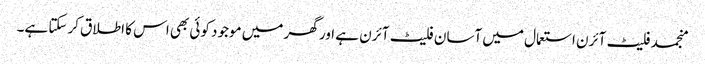
منجمد فلیٹ آئرن استعمال میں آسان فلیٹ آئرن ہے اور گھر میں موجود کوئی بھی اس کا اطلاق کرسکتا ہے۔